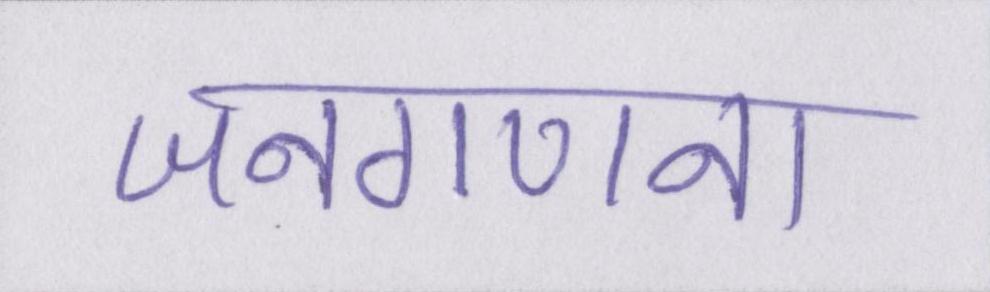
जनगणना